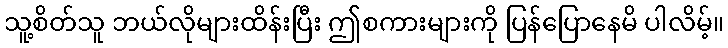
သူ့စိတ်သူ ဘယ်လိုများထိန်းပြီး ဤစကားများကို ပြန်ပြောနေမိ ပါလိမ့်။